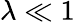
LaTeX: \lambda\ll 1